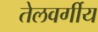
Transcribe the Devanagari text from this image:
तेलवर्गीय